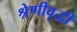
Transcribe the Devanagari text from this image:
श्रेणीवृद्धी